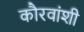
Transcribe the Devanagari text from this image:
कौरवांशी